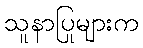
သူနာပြုများက